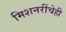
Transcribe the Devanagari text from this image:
मिशनरींचेही